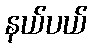
နယ်ပယ်